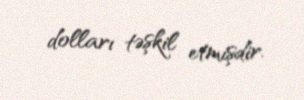
dolları təşkil etmişdir.